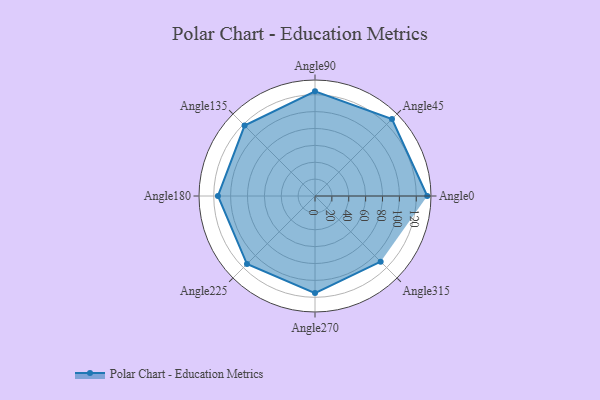
{"axis": {"x": "Angle", "y": "Radius"}, "legend": [""], "data": [{"x": "Angle0", "y": 133.0, "type": ""}, {"x": "Angle45", "y": 129.0, "type": ""}, {"x": "Angle90", "y": 124.0, "type": ""}, {"x": "Angle135", "y": 118.0, "type": ""}, {"x": "Angle180", "y": 115.0, "type": ""}, {"x": "Angle225", "y": 114.0, "type": ""}, {"x": "Angle270", "y": 115.0, "type": ""}, {"x": "Angle315", "y": 110.0, "type": ""}]}